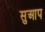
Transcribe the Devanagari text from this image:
सुआप